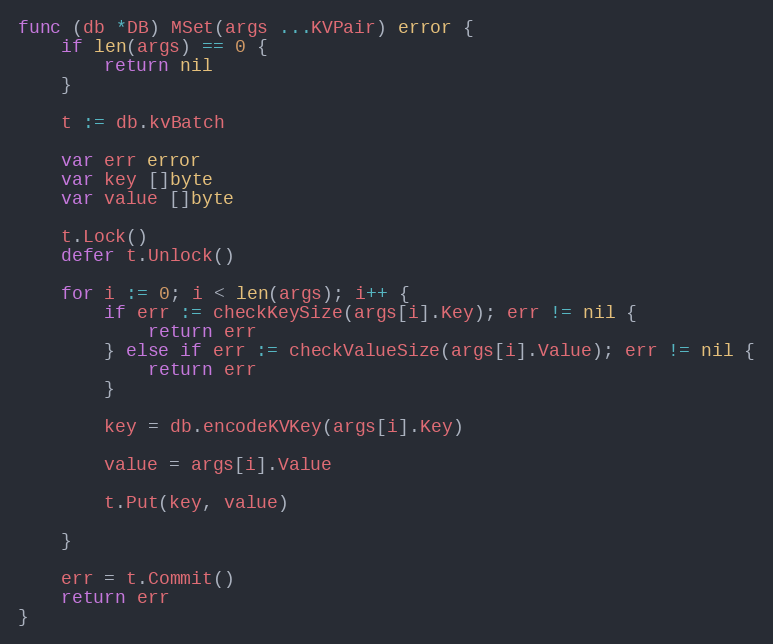
Language: Go
func (db *DB) MSet(args ...KVPair) error {
	if len(args) == 0 {
		return nil
	}

	t := db.kvBatch

	var err error
	var key []byte
	var value []byte

	t.Lock()
	defer t.Unlock()

	for i := 0; i < len(args); i++ {
		if err := checkKeySize(args[i].Key); err != nil {
			return err
		} else if err := checkValueSize(args[i].Value); err != nil {
			return err
		}

		key = db.encodeKVKey(args[i].Key)

		value = args[i].Value

		t.Put(key, value)

	}

	err = t.Commit()
	return err
}